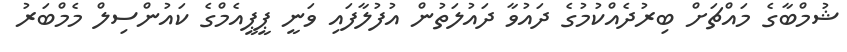
ޝުމްބާގެ މައްޗަށް ބިރުދެއްކުމުގެ ދައުވާ ދައުލަތުން އުފުލާފައި ވަނީ ޕީޕީއެމްގެ ކައުންސިލް މެމްބަރު